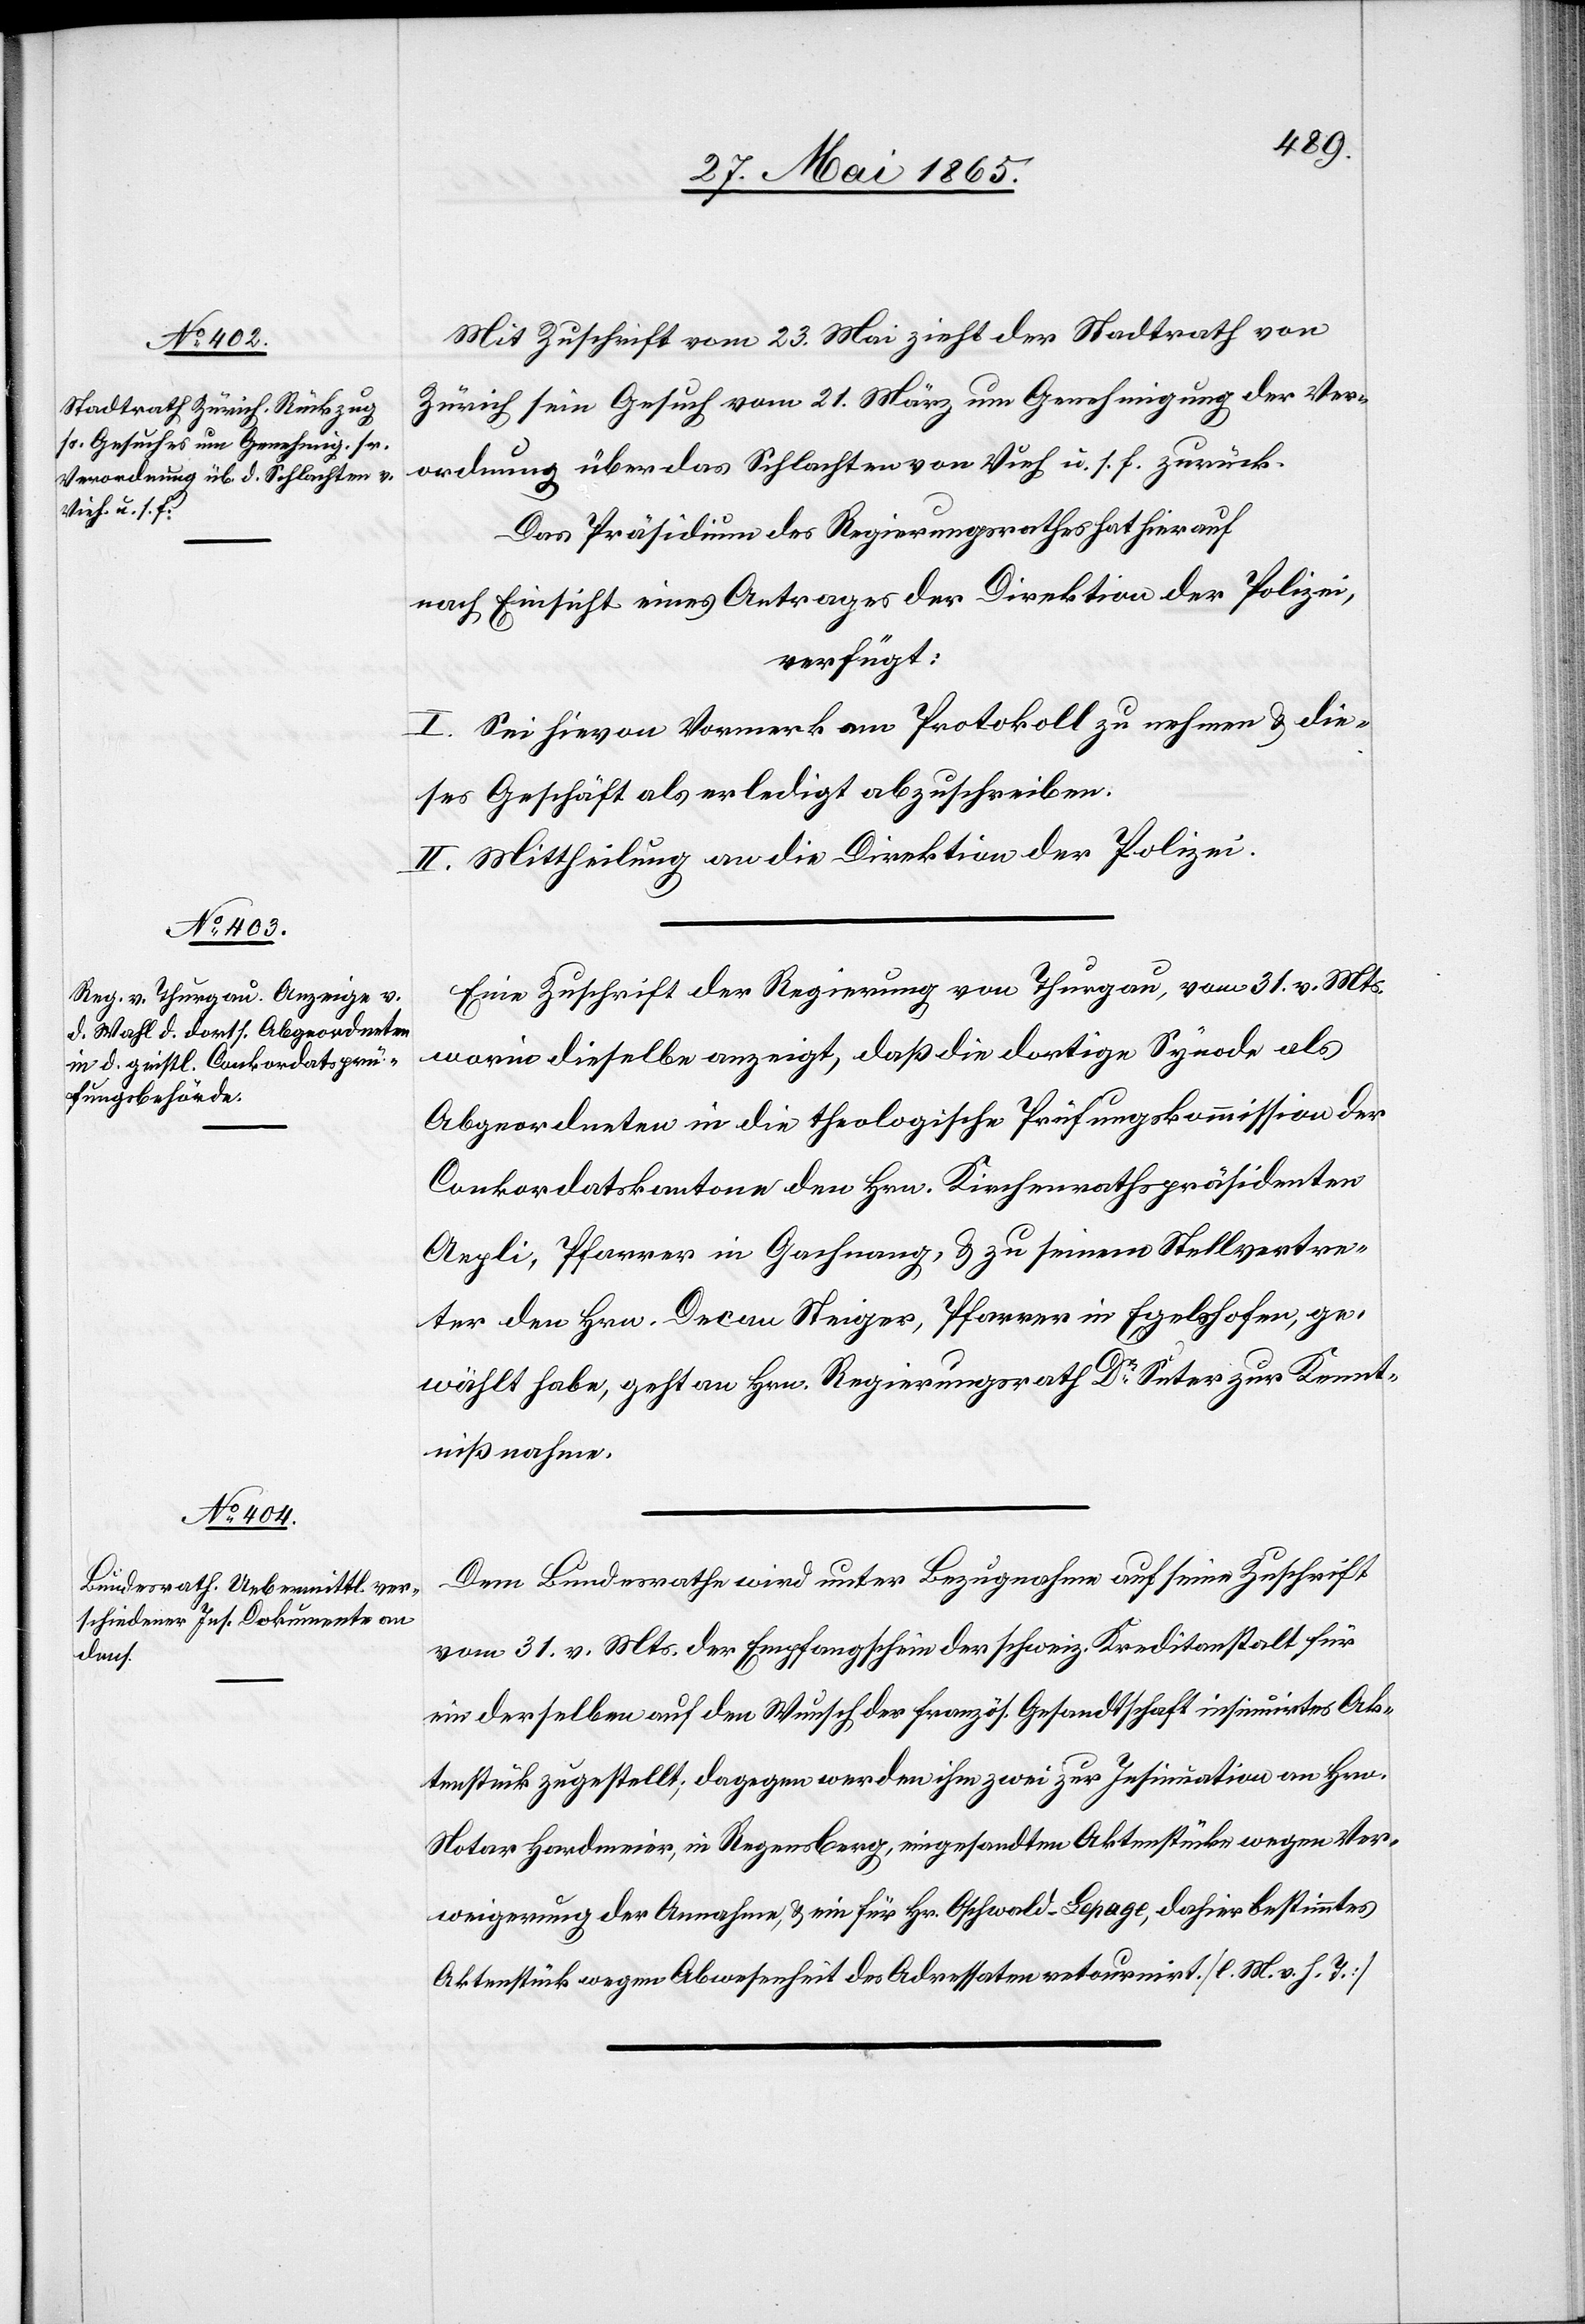
2. Juni 1865.]
Mit Zuschrift vom 23. Mai zieht der Stadtrath von
Zürich sein Gesuch vom 21. März um Genehmigung der Ver¬
ordnung über das Schlachten von Vieh u. s. f. zurück.
Das Präsidium des Regierungsrathes hat hierauf
nach Einsicht eines Antrages der Direktion der Polizei,
verfügt:
I. Sei hievon Vormerk am Protokoll zu nehmen & die¬
ses Geschäft als erledigt abzuschreiben.
II. Mittheilung an die Direktion der Polizei.
Eine Zuschrift der Regierung von Thurgau, vom 31. v. Mts.
worin dieselbe anzeigt, daß die dortige Synode als
Abgeordneten in die theologische Prüfungskommission der
Conkordatskantone den Hrn. Kirchenrathspräsidenten
Aepli, Pfarrer in Gachnang, & zu seinem Stellvertre¬
ter den Hrn. Decan Steiger, Pfarrer in Egelshofen, ge¬
wählt habe, geht an Hrn. Regierungsrath Dr Suter zur Kennt¬
nißnahme.
Dem Bundesrathe wird unter Bezugnahme auf seine Zuschrift
vom 31. v. Mts. der Empfangschein der schweiz. Kreditanstalt für
ein derselben auf den Wunsch des französ. Gesandtschaft insinuirtes Ak¬
tenstück zugestellt; dagegen werden ihm zwei zur Insinuation an Hrn.
Notar Hardmeier, in Regensberg, eingesandten Aktenstücke wegen Ver¬
weigerung der Annahme, & ein für Hr. Oschwald-Lepage, dahier bestimmtes
Aktenstück wegen Abwesenheit des Adressaten retournirt. [l. M. v. h. T.]